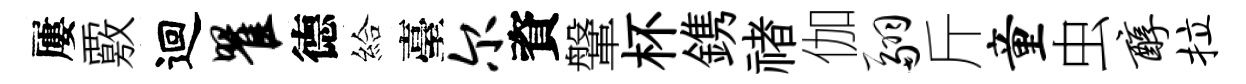
屢覈迴瞿德給臺尔資鞶杯鎸禇伽翮斤童虫醇拉